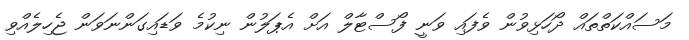
މަސައްކަތްތައް ދޯހަޅިވުން ވެފައި ވަނީ ފޯސްޓާލް އަށް އެޕަލުން ނިކުމެ ވަޑައިގަންނަވަން ޖެހިލެއްވި